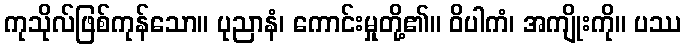
ကုသိုလ်ဖြစ်ကုန်သော။ ပုညာနံ၊ ကောင်းမှုတို့၏။ ဝိပါကံ၊ အကျိုးကို။ ပဿ